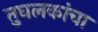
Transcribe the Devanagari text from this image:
तुघलकांचा